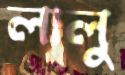
লালু